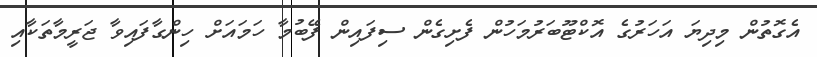
އެގޮތުން މިދިޔަ އަހަރުގެ އޮކްޓޫބަރުމަހުން ފެށިގެން ސިފައިން ފޭބުމާ ހަމައަށް ހިންގާފައިވާ ޖަރީމާތަކާއި